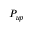
P _ { u p }